Haapsalu_Metskond, lk 14
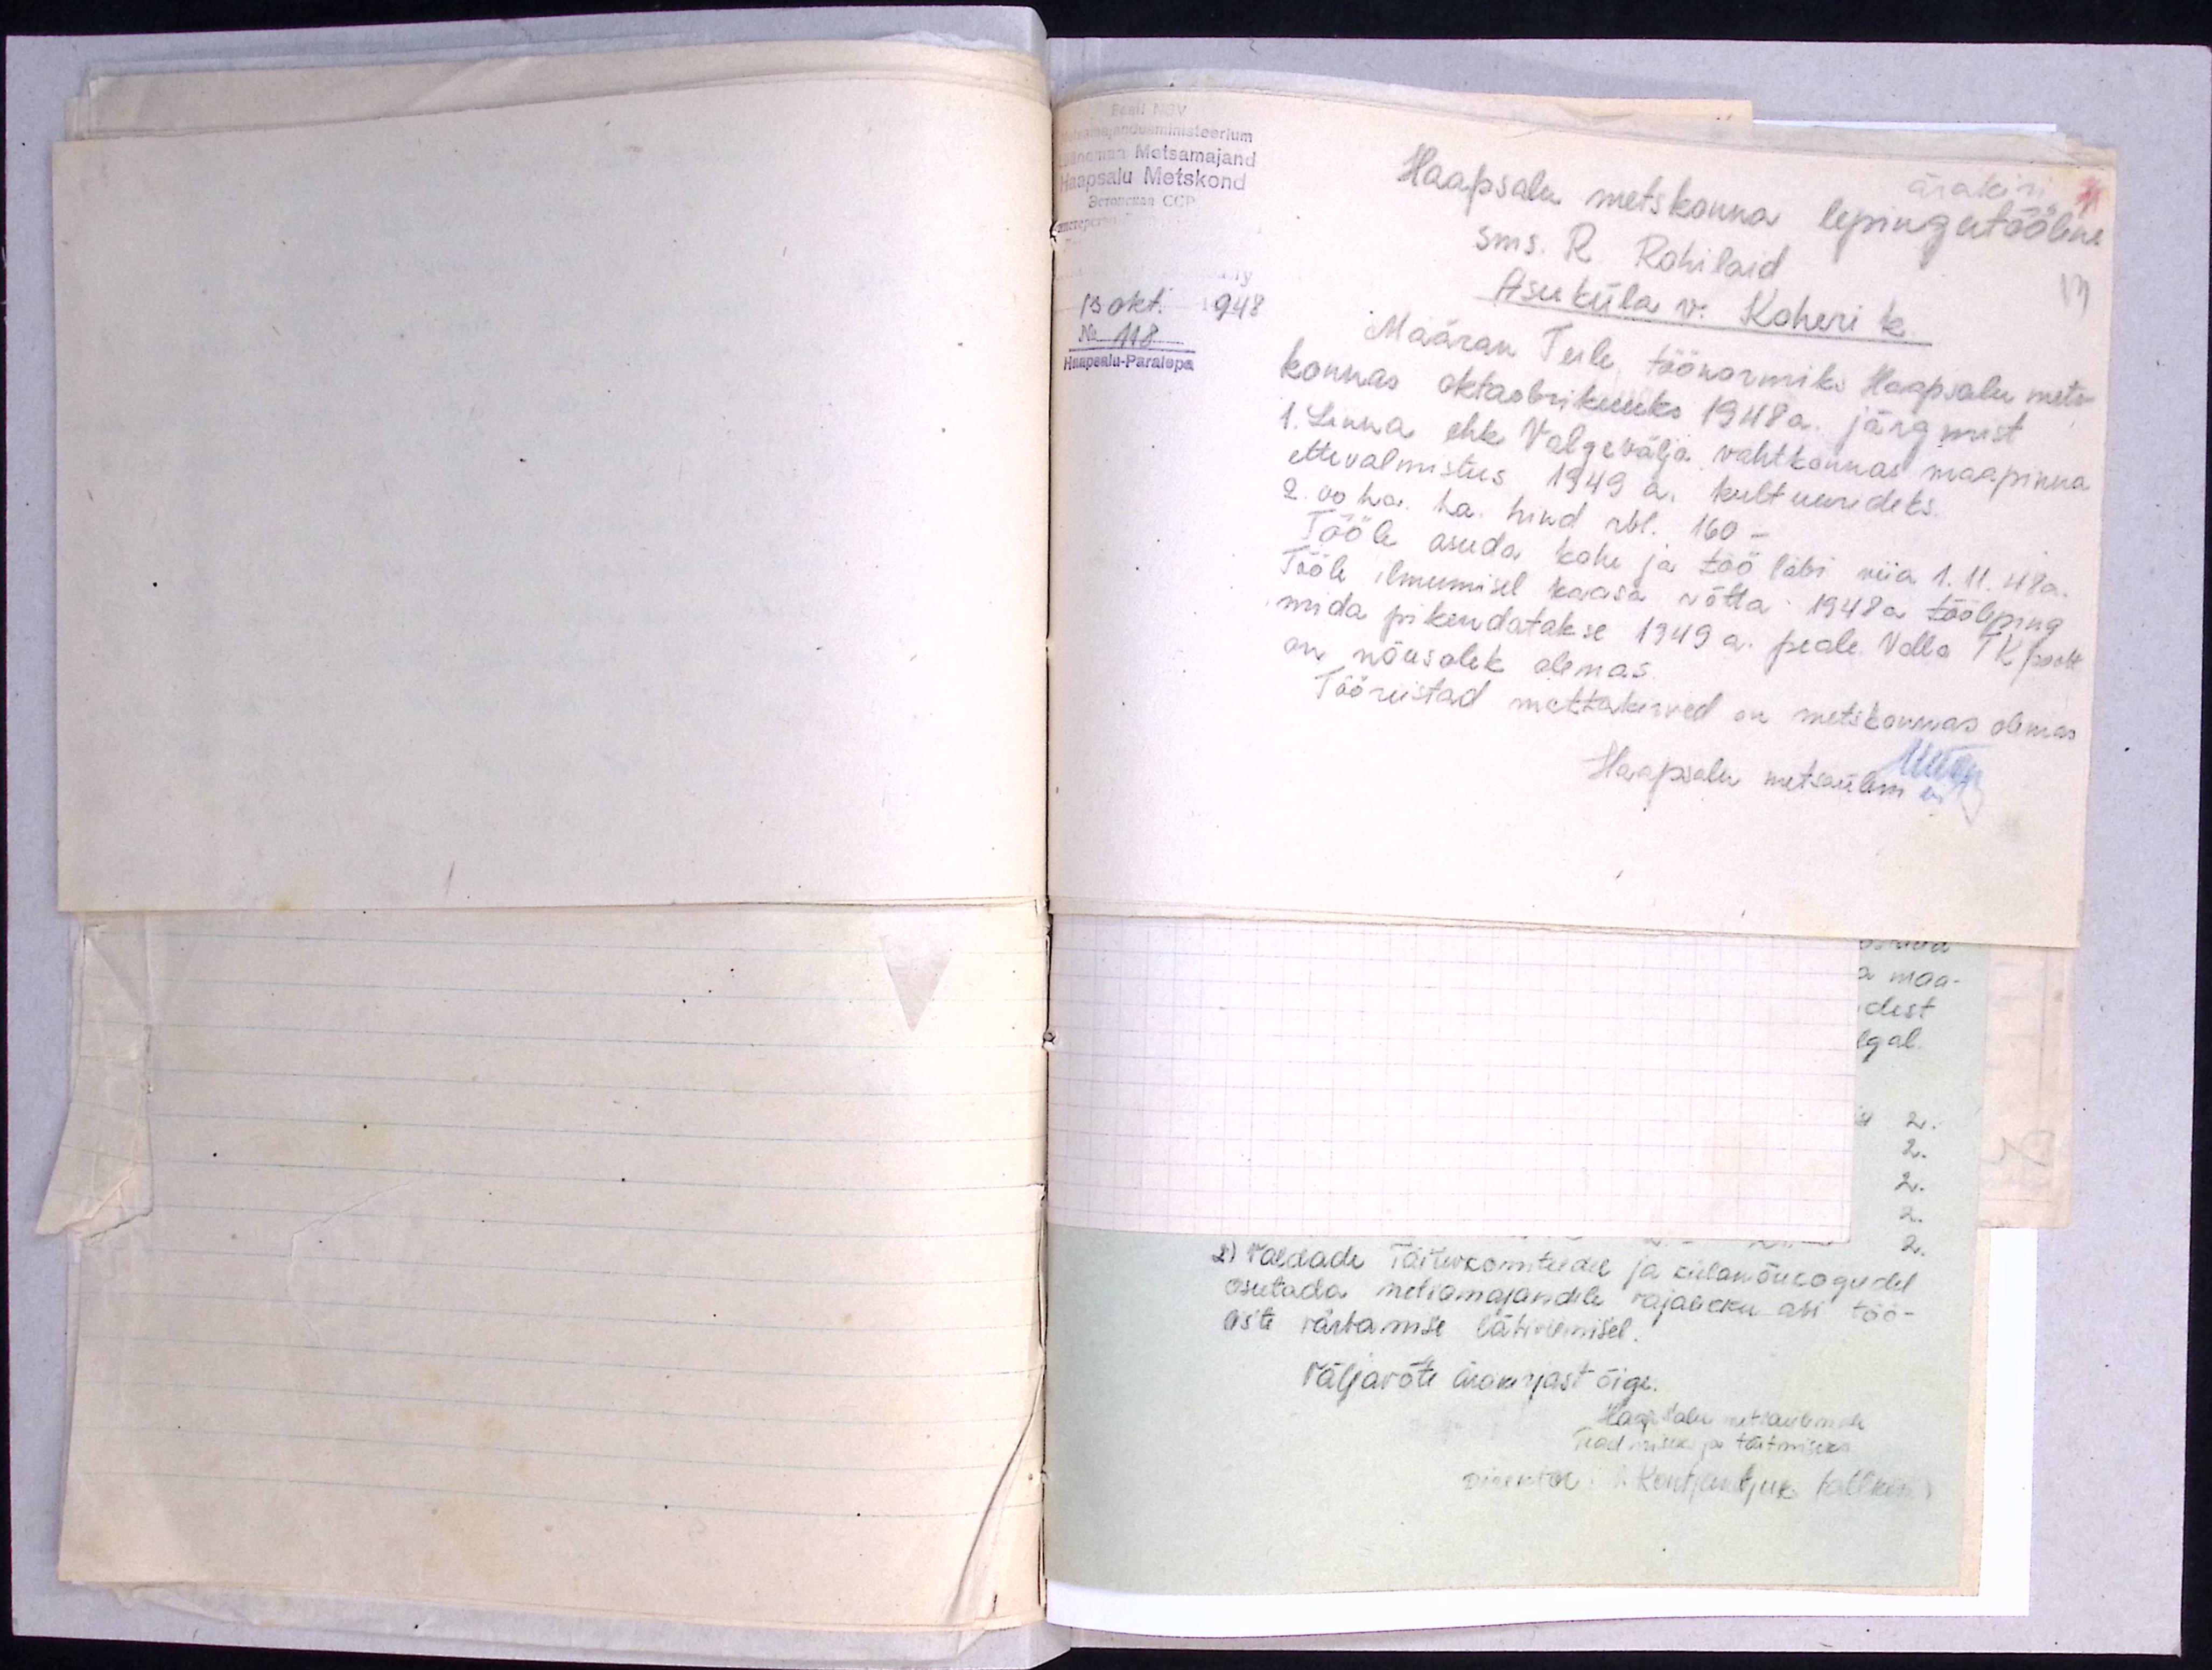
Läänemaa Metsamajand
Haapsalu Metskond
ärakiri
Haapsalu metskonna lepingutööline
sms. R. Rohilaid
13
Asuküla v. Koheri k
13 okt. 1948
No 118
Haapsalu-Paralepa
Määran Teile töönormiks Haapsalu mets-
konnas oktoobrikuuks 1948a. järgmist
1. Linna ehk Valgevälja vahtkonnas maapinna
ettevalmistus 1949 a. kultuurideks.
2.00 ha. ha. hind rbl. 160 -
Tööle asuda kohe ja töö läbi viia 1.11. 48a.
Tööle ilmumisel kaasa võtta 1948 a. tööleping
mida pikendatakse 1949 a. peale. Valla TK poolt
on nõusolek olemas.
Tööriistad mättakirved on metskonnas olemas
Haapsalu metsaülem